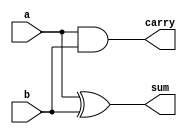
//HALF ADDER USING DATAFLOW 
module halfadderdataflow(
    input a,
    input b,
    output sum,
    output carry
    );
	 assign sum=a^b;
	 assign carry=a&b;
endmodule

//HALF ADDER USING GATELEVEL 
module halfadder(a,b,sum,carry);
input a,b;
output sum,carry;
xor(sum,a,b);
and(carry,a,b);
endmodule


// FULL ADDER USING GATE LEVEL 
module fulladder(s,c,a,b,cin);
input a,b,cin;
output s,c;
wire x,y,z; // using to sshow internal conection
xor(x,a,b);
and(y,cin,x);
and(z,a,b);
xor(s,x,cin);
or(c,y,z);
endmodule


// FULL ADDER USING DATAFLOW 
module fulladderdataflow(sum,carry,a,b,cin);
input a,b,cin;
output sum,carry;
wire x,y,z;
assign x=a^b; //A xor B
assign y=cin&x;  //assignx And output 
assign z=b&a;
assign sum=x^cin; //assign x xor cin
assign carry=y|z; // Y or Z
endmodule